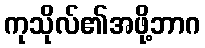
ကုသိုလ်၏အဖို့ဘာဂ